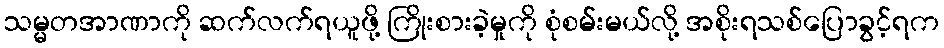
သမ္မတအာဏာကို ဆက်လက်ရယူဖို့ ကြိုးစားခဲ့မှုကို စုံစမ်းမယ်လို့ အစိုးရသစ်ပြောခွင့်ရက